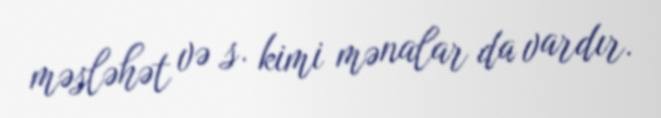
məsləhət və s. kimi mənalar da vardır.